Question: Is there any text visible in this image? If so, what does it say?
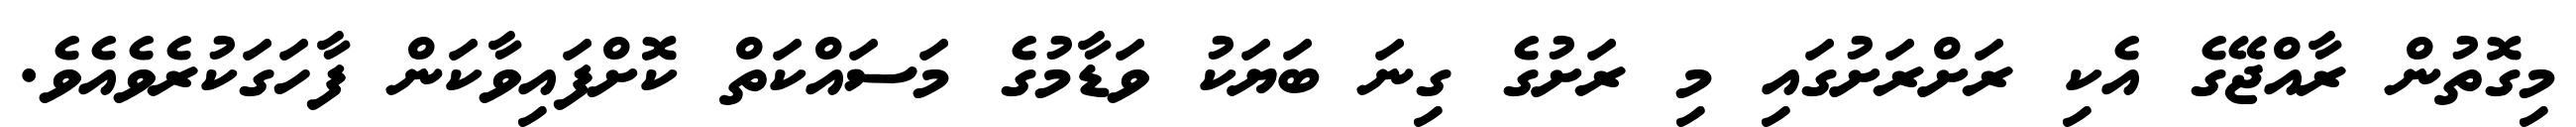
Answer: މިގޮތުން ރާއްޖޭގެ އެކި ރަށްރަށުގައި މި ރަށުގެ ގިނަ ބަޔަކު ވަޑާމުގެ މަސައްކަތް ކޮށްފައިވާކަން ފާހަގަކުރެވެއެވެ.